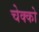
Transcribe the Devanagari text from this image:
चेक्को